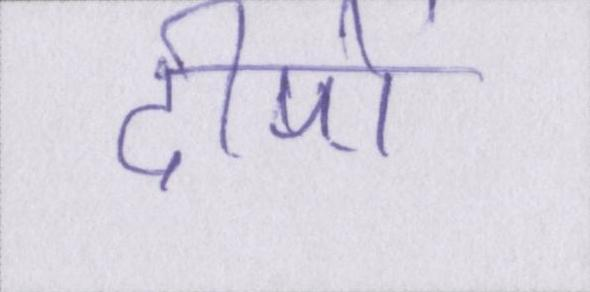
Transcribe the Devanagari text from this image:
दीपों